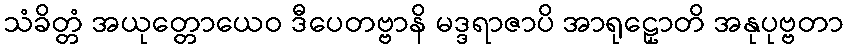
သံခိတ္တံ အယုတ္တောယေဝ ဒီပေတဗ္ဗာနိ မဒ္ဒရာဇာပိ အာရုဠှောတိ အနုပုဗ္ဗတာ